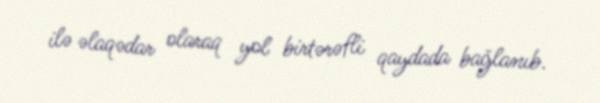
ilə əlaqədar olaraq yol birtərəfli qaydada bağlanıb.